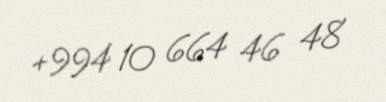
+994 10 664 46 48